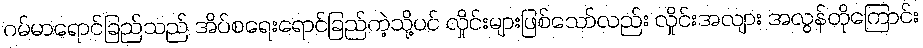
ဂမ်မာရောင်ခြည်သည် အိပ်စရေးရောင်ခြည်ကဲ့သို့ပင် လှိုင်းများဖြစ်သော်လည်း လှိုင်းအလျား အလွန်တိုကြောင်း